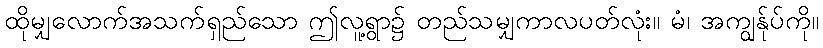
ထိုမျှလောက်အသက်ရှည်သော ဤလူ့ရွာ၌ တည်သမျှကာလပတ်လုံး။ မံ၊ အကျွန်ုပ်ကို။